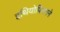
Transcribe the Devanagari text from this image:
इथियोपियनने